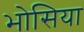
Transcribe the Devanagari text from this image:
भोसिया